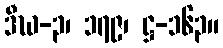
ဒီဃ-၃၊ ၁၇၉၊ ဋ္ဌ-၁၆၃။